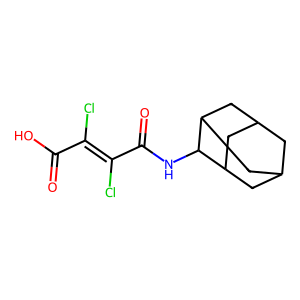
SMILES: O=C(O)C(Cl)=C(Cl)C(=O)NC1C2CC3CC(C2)CC1C3
Inhibits HIV replication: No